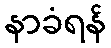
နာခံရန်